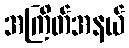
အကြိတ်အနယ်